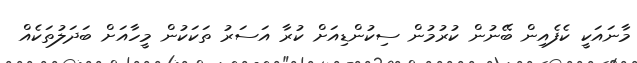
މާނައަކީ ކެފެއިން ބޭނުން ކުރުމުން ސިކުންޑިއަށް ކުރާ އަސަރު ތަކަކުން މީހާއަށް ބަދަލުތަކެއް